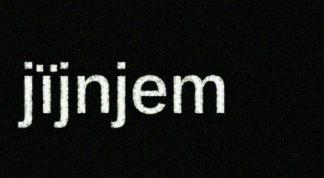
jïjnjem